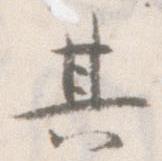
其